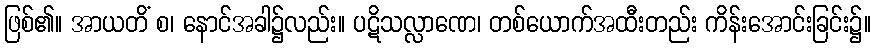
ဖြစ်၏။ အာယတိံ စ၊ နောင်အခါ၌လည်း။ ပဋိသလ္လာဏေ၊ တစ်ယောက်အထီးတည်း ကိန်းအောင်းခြင်း၌။